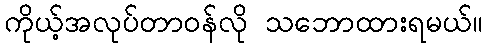
ကိုယ့်အလုပ်တာဝန်လို သဘောထားရမယ်။